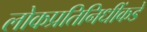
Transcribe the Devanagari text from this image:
लोकप्रतिनिधींकडे